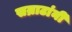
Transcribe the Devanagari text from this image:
सम्राटांनीं